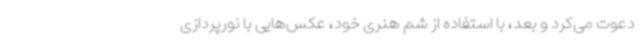
دعوت می‌کرد و بعد، با استفاده از شم هنری خود، عکس‌هایی با نورپردازی